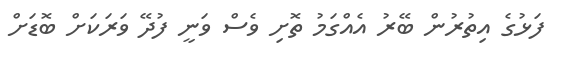
ފަޅުގެ އިތުރުން ބޭރު އެއްގަމު ތޮށި ވެސް ވަނީ ފުދޭ ވަރަކަށް ބޮޑަށް